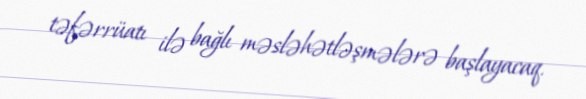
təfərrüatı ilə bağlı məsləhətləşmələrə başlayacaq.